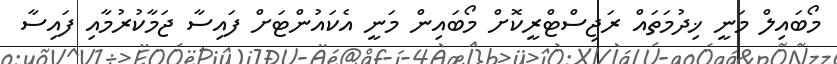
މޯބައިލް މަނީ ޚިދުމަތައް ރަޖިސްޓްރީކޮށް މޯބައިން މަނީ އެކައުންޓަށް ފައިސާ ޖަމާކުރުމާއި ފައިސާ